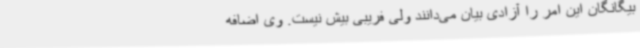
بیگانگان این امر را آزادی بیان می‌دانند ولی فریبی بیش نیست. وی اضافه